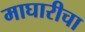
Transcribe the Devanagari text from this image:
माघारीचा